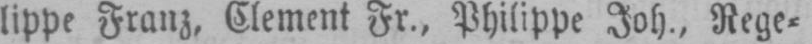
lippe Franz, Clement Fr., Philippe Joh., Rege⸗